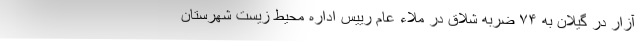
آزار در گیلان به ۷۴ ضربه شلاق در ملاء عام رییس اداره محیط زیست شهرستان